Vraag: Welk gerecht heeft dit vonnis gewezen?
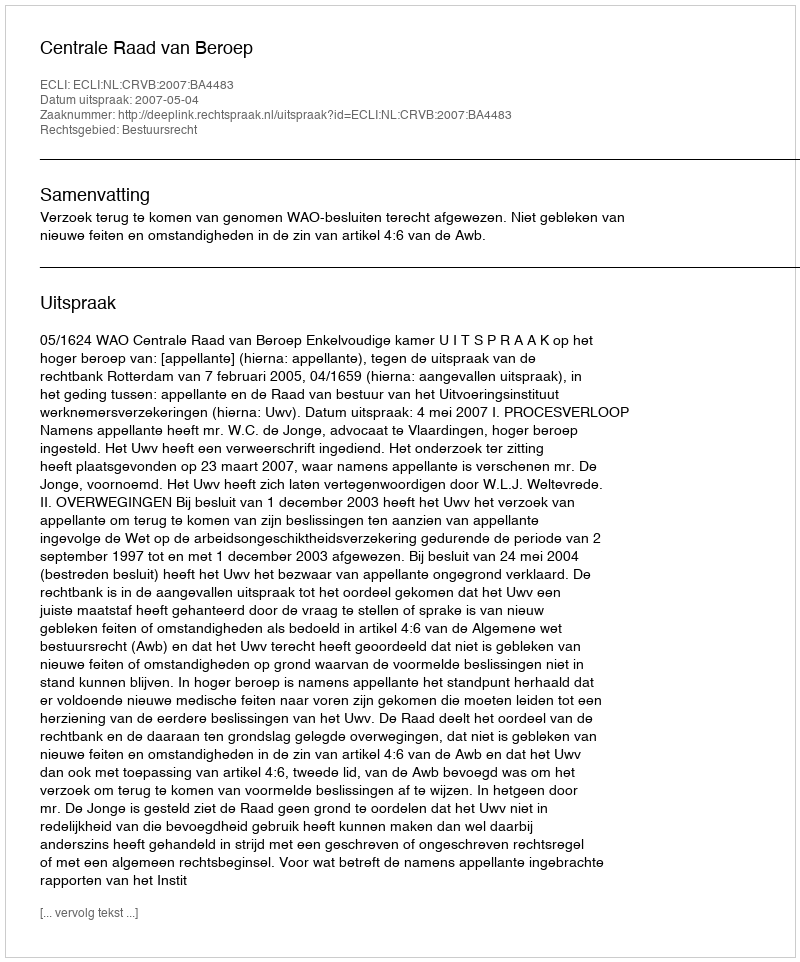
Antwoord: Centrale Raad van Beroep